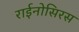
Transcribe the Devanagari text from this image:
राईनोसिरस